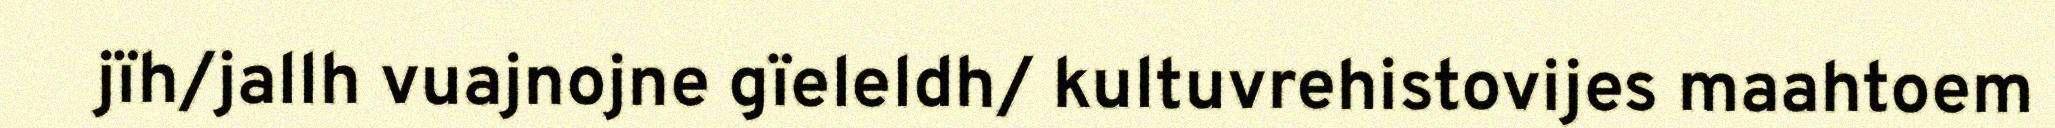
jïh/jallh vuajnojne gïeleldh/ kultuvrehistovijes maahtoem